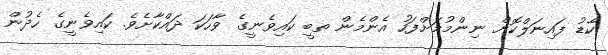
ކާޑު ފައިނަލްކޮށް ނިންމުމަށްފަހު އެންމެން ތބީ ކައިވެނީގެ ވާހަކަ ދައްކާށެވެ. ކައިވެނީގެ ހެދުން